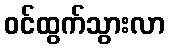
ဝင်ထွက်သွားလာ